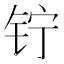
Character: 𬬾